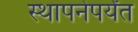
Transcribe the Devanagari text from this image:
स्थापनेपर्यंत